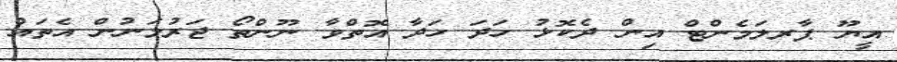
އީޔޫ ޕާރލަމެންޓް އިން ދެކޮޅު ހަދަ ހަދާ އޮތްވާ ނޫންތޯ ޖަރުމަނުން އެތައް